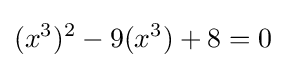
(x^{3})^{2}-9(x^{3})+8=0